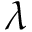
\lambda